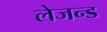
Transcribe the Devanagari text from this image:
लेजन्ड